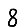
Digit: 8